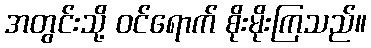
အတွင်းသို့ ဝင်ရောက် စိုးမိုးကြသည်။